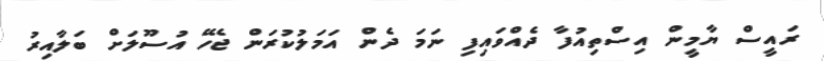
ރައީސް ޔާމީން އިސްތިއުފާ ދެއްވައިފި ނަމަ ދެން އަމަލުކުރަން ޖެހޭ އުސޫލަށް ބަލާއިރު